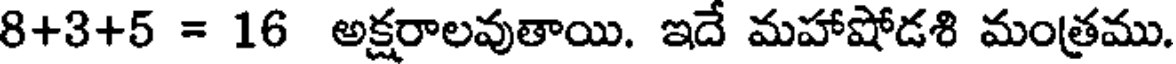
8+3+5 = 16 అక్షరాలవుతాయి. ఇదే మహాషోడశి మంత్రము.